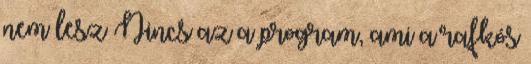
nem lesz Nincs az a program, ami a rafkós